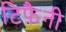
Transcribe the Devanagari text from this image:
टिफैनी